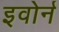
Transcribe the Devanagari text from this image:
इवोर्न